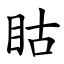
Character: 䀦